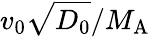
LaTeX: v_{0}\sqrt{D_{0}}/{M_{\mathrm{A}}}